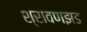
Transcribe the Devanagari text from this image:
श्रावणझड